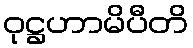
ဝုဋ္ဌဟာမိပီတိ